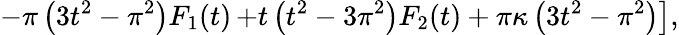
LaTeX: -\pi\left(3t^{2}-\pi^{2}\right)F_{1}(t)\left.+t\left(t^{2}-3\pi^{2}\right)F_{2}(t)+\pi\kappa\left(3t^{2}-\pi^{2}\right)\right],